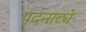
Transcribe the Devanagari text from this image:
पदनाट्ये